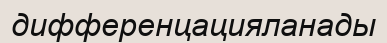
дифференцацияланады